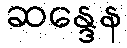
ဆန္ဒေန